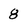
Character: 8